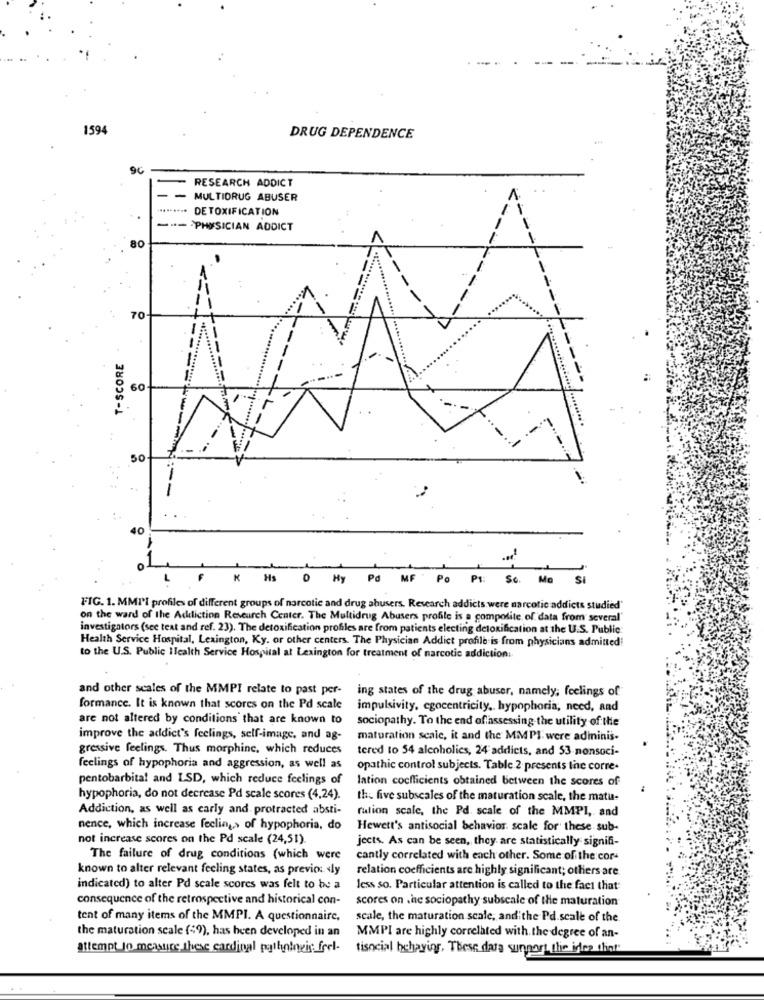
1594
DRUG DEPENDENCE
96
RESEARCH ADDICT
MULTIDRUG ABUSER
... ...
DETOXIFICATION
--
PHYSICIAN ADDICT
80
70
-
T-SCORE
--
60
1
-L
50
40
K
Hs
My Pd
Po Ps: So. Mo Si
FIG. 1. MMI'I profiles of different groups of narcotic and drug abusers. Research addicts were narcotic addicts studied"
on the ward of the Addiction Research Center. The Multidrug Abusers profile is a composite of data from several"
investigators (see text and ref. 23). The detoxification profiles are from patients electing detoxification at the U.S. Public
Health Service Hospital, Lexington, Ky. or other centers. The Physician Addict profile is from physicians admitted!
to the U.S. Public Health Service Hospital at Lexington for treatment of narcotic addiction:
and other scales of the MMPI relate to past per-
ing states of the drug abuser, namely, feelings of
formance. It is known that scores on the Pd scale
impulsivity, egocentricity, hypophoria, need, and
are not altered by conditions that are known to
sociopathy. To the end of assessing the utility of the
improve the addict's feelings, self-image, and ag-
maturation scale, it and the MMPI were adininis-
gressive feelings. Thus morphine, which reduces
tered to 54 alcoholics, 24 addicts, and 53 nonsoci-
feelings of hypophoria and aggression, as well as
opathic control subjects. Table 2- presents the corre-
pentobarbital and LSD, which reduce feelings of
lation coefficients obtained between the scores of
hypophoria, do not decrease Pd scale scores (4,24).
the five subscales of the maturation scale, the matu-
Addiction, as well as carly and. protracted absti-
rulion scale, the Pd. scale of the MMPI, and
nence, which increase feeling > of hypophoria, do
Hewett's antisocial behavior. scale for these sub-
not increase scores on the Pd scale (24,51)
jects. As can be seen, they are statistically signifi-
The failure of drug conditions (which were
cantly correlated with each other. Some of the cor-
known to alter relevant feeling states, as previo: «ly
relation coefficients are highly significant; others are
indicated) to alter Pd scale scores was felt to be a
less so. Particular attention is called to the fact that
consequence of the retrospective and historical con-
scores on . he sociopathy subscale of the maturation
tent of many items of the MMPI. A questionnaire,
scale, the maturation scale, and the Pd scale of the
the maturation scale (49), has been developed in an
MMPI are highly correlated with. the degree of an-
attempt In measure these cardinal pathologic. feel-
tisocial behavior, These data support the idea that'